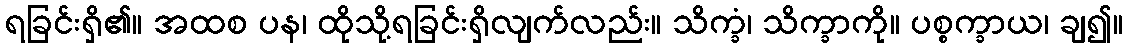
ရခြင်းရှိ၏။ အထစ ပန၊ ထိုသို့ရခြင်းရှိလျက်လည်း။ သိက္ခံ၊ သိက္ခာကို။ ပစ္စက္ခာယ၊ ချ၍။